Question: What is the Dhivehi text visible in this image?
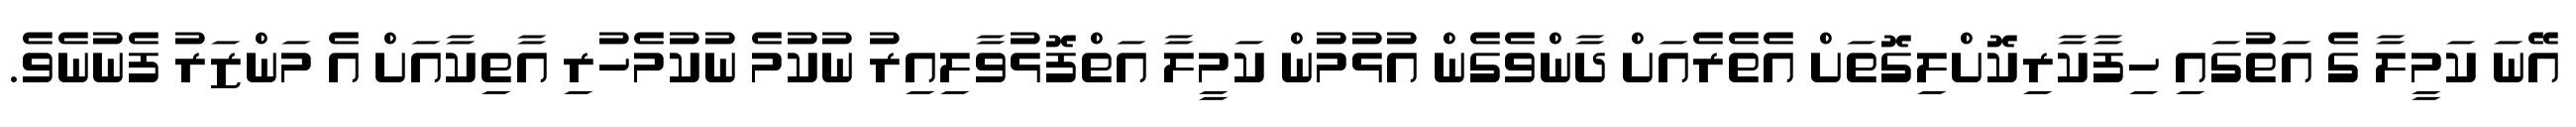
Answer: އޭނަ ކަމީލާ ގެ އަތުގައި ހިފާކާރިކޮށްލިގޮތަށް އެތެރެއަށް ދާންވެގެން އުޅުމުން ކަމީލާ އަތްފޮޅުވާލިއިރު ނުކުމެ ނުކުމެހުރި އާތިކާއަށް އެ މަންޒަރު ފެނުނެވެ.